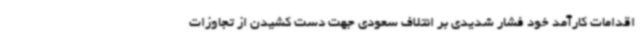
اقدامات کارآمد خود فشار شدیدی بر ائتلاف سعودی جهت دست کشیدن از تجاوزات